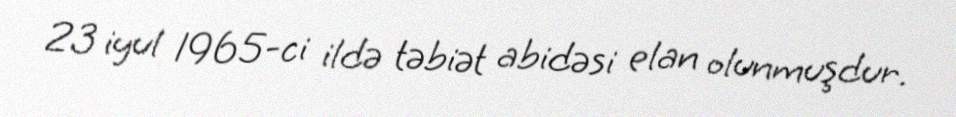
23 iyul 1965-ci ildə təbiət abidəsi elan olunmuşdur.